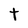
Character: t